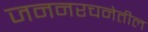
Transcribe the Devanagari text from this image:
जननरचनेतील